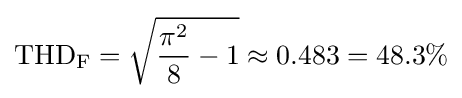
\mathrm {THD_{F}} ={\sqrt {{\frac {\pi ^{2}}{8}}-1}}\approx 0.483=48.3\%